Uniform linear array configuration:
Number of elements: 8
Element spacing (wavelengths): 0.5
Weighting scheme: uniform
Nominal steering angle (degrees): -45
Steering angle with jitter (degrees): -44.108
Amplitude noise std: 0.05
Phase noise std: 0.05

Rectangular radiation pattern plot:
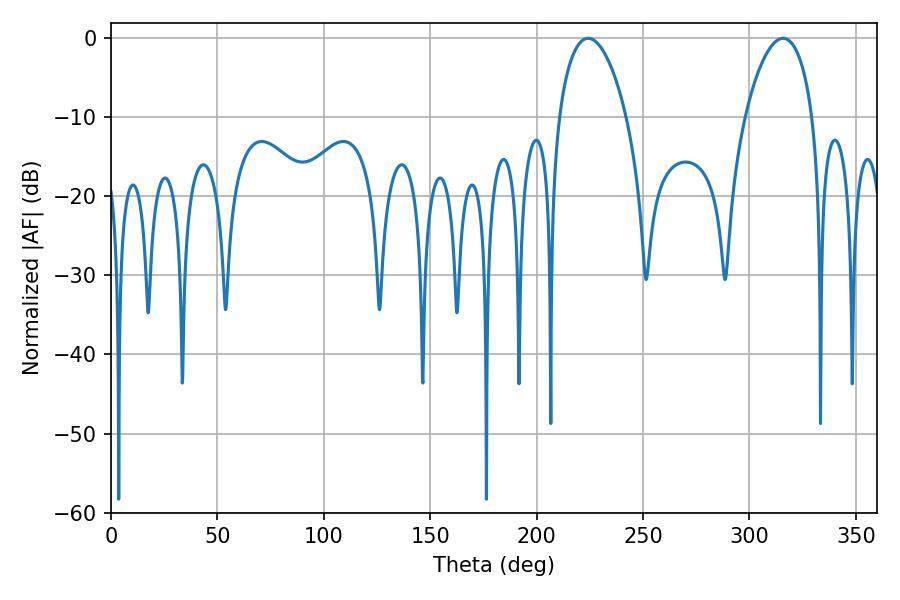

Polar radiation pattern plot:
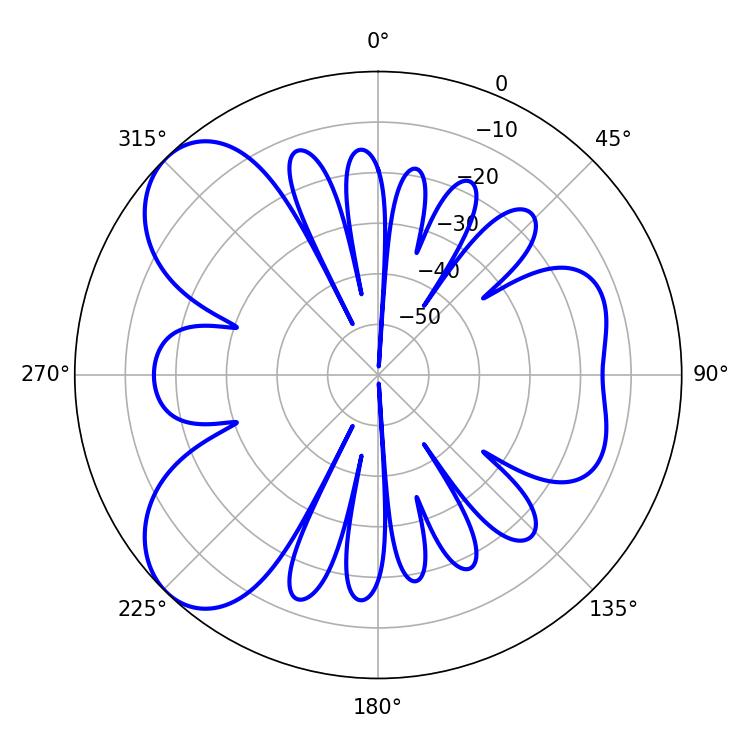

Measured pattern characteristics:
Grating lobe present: FALSE
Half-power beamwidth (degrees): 17.82
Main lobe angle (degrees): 224.28